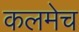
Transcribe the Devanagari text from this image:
कलमेच